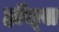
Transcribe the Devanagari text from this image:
हाॅज्स